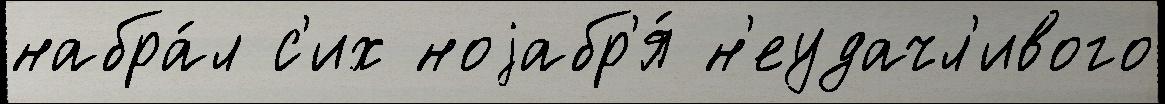
набра́л с'их ноjабр'я́ н'еудачл'ивого